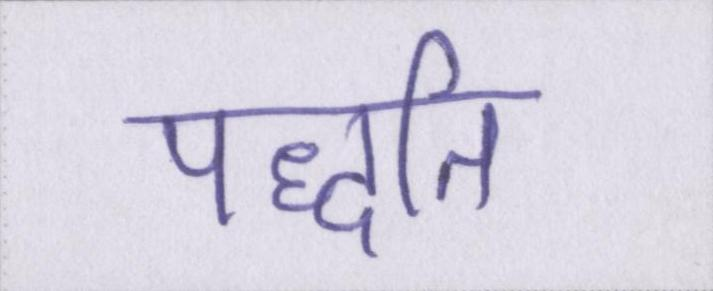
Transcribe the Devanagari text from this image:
पद्धति